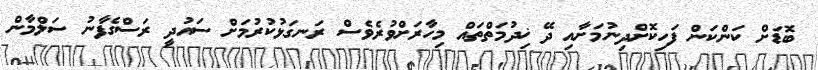
ބޮޑަށް ކަންކަން ފަހިކޮށްދިނުމަށާއި ދޭ ޚިދުމަތްތައް މިހާރަށްވުރެވެސް ރަނގަޅުކުރުމަށް ސައުދީ ރަސްގެފާނު ސަލްމާން